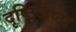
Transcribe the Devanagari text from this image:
दृष्टिजेष्ठा